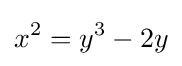
x^{2}=y^{3}-2y